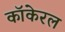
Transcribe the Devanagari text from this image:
कॉकेरल